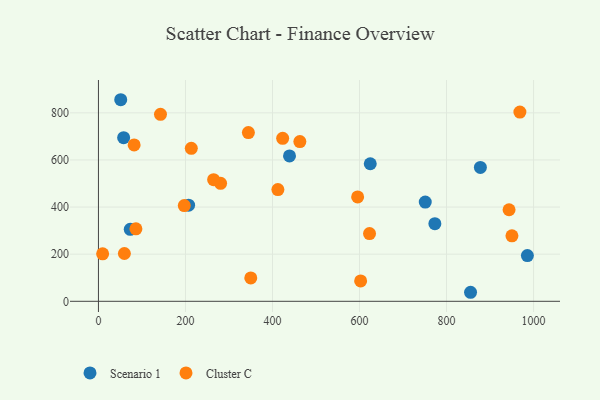
{"axis": {"x": "Price", "y": "Demand"}, "legend": ["Cluster C", "Scenario 1"], "data": [{"x": "73.1", "y": 305.4, "type": "Scenario 1"}, {"x": "985.8", "y": 194.1, "type": "Scenario 1"}, {"x": "624.7", "y": 583.8, "type": "Scenario 1"}, {"x": "877.8", "y": 568.5, "type": "Scenario 1"}, {"x": "439.1", "y": 617.0, "type": "Scenario 1"}, {"x": "855.2", "y": 38.3, "type": "Scenario 1"}, {"x": "51.2", "y": 855.7, "type": "Scenario 1"}, {"x": "207.2", "y": 408.0, "type": "Scenario 1"}, {"x": "751.1", "y": 421.0, "type": "Scenario 1"}, {"x": "773.2", "y": 329.7, "type": "Scenario 1"}, {"x": "57.9", "y": 694.8, "type": "Scenario 1"}, {"x": "423.4", "y": 691.7, "type": "Cluster C"}, {"x": "412.4", "y": 474.1, "type": "Cluster C"}, {"x": "213.4", "y": 649.3, "type": "Cluster C"}, {"x": "9.6", "y": 201.5, "type": "Cluster C"}, {"x": "350.1", "y": 99.4, "type": "Cluster C"}, {"x": "82.0", "y": 664.0, "type": "Cluster C"}, {"x": "623.0", "y": 287.5, "type": "Cluster C"}, {"x": "59.6", "y": 202.8, "type": "Cluster C"}, {"x": "344.6", "y": 716.1, "type": "Cluster C"}, {"x": "280.7", "y": 500.6, "type": "Cluster C"}, {"x": "950.3", "y": 278.1, "type": "Cluster C"}, {"x": "264.7", "y": 516.4, "type": "Cluster C"}, {"x": "595.7", "y": 442.9, "type": "Cluster C"}, {"x": "943.7", "y": 388.6, "type": "Cluster C"}, {"x": "968.6", "y": 803.3, "type": "Cluster C"}, {"x": "142.6", "y": 793.7, "type": "Cluster C"}, {"x": "462.9", "y": 678.1, "type": "Cluster C"}, {"x": "602.6", "y": 86.6, "type": "Cluster C"}, {"x": "86.1", "y": 307.6, "type": "Cluster C"}, {"x": "197.3", "y": 406.3, "type": "Cluster C"}]}